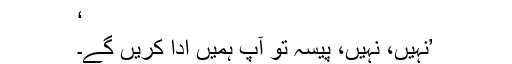
‘
’نہیں، نہیں، پیسہ تو آپ ہمیں ادا کریں گے۔